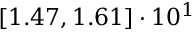
\left[ 1 . 4 7 , 1 . 6 1 \right] \cdot 1 0 ^ { 1 }